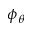
\phi _ { \theta }